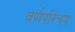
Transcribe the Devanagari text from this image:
वर्णपरिचय